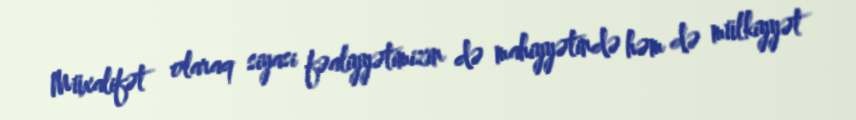
Müxalifət olaraq siyasi fəaliyyətimizin də mahiyyətində həm də mülkiyyət